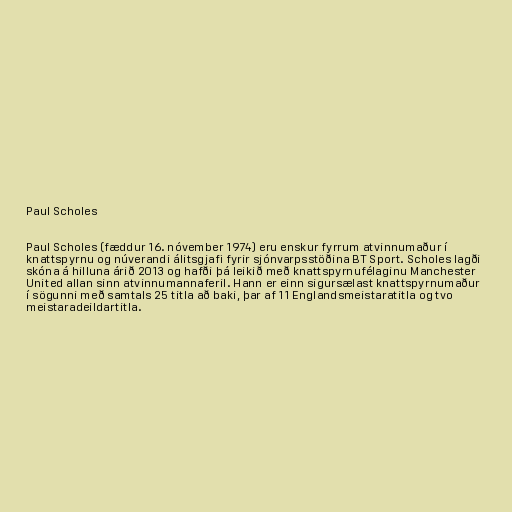
Paul Scholes

Paul Scholes (fæddur 16. nóvember 1974) eru enskur fyrrum atvinnumaður í
knattspyrnu og núverandi álitsgjafi fyrir sjónvarpsstöðina BT Sport. Scholes lagði
skóna á hilluna árið 2013 og hafði þá leikið með knattspyrnufélaginu Manchester
United allan sinn atvinnumannaferil. Hann er einn sigursælast knattspyrnumaður
í sögunni með samtals 25 titla að baki, þar af 11 Englandsmeistaratitla og tvo
meistaradeildartitla.